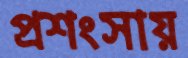
প্রশংসায়